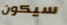
سيكون